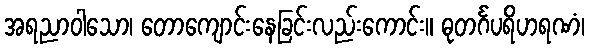
အရညာဝါသော၊ တောကျောင်းနေခြင်းလည်းကောင်း။ ဓုတင်္ဂပရိဟရဏံ၊